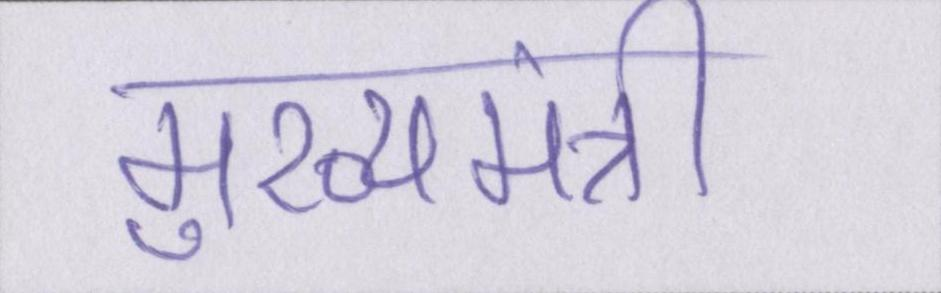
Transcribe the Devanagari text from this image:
मुख्यमंत्री